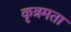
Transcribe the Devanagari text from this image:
कृत्रमता